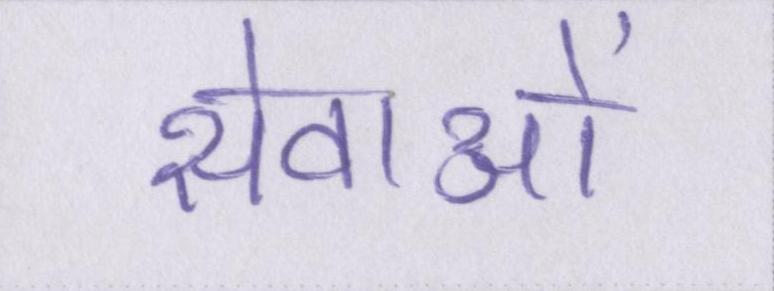
सेवाओं